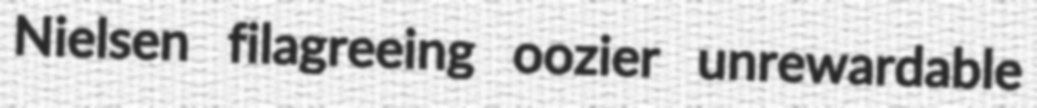
Nielsen filagreeing oozier unrewardable